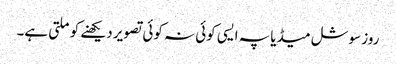
روز سوشل میڈیا پہ ایسی کوئی نہ کوئی تصویر دیکھنے کو ملتی ہے۔